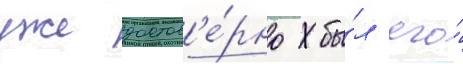
уже достов'е́рно бы́л его́